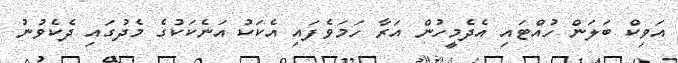
އަވިކް ބަލަން ހުއްޓައި އެދެމީހުން އަރާ ހަމަވެފައި އެކަކު އަނެކަކުގެ މެދުގައި ދެކެވުނު